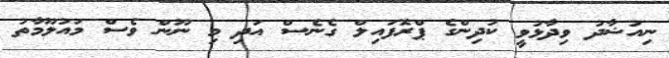
ނިއުޝާދު ވިދާޅުވީ ކުދިންގެ ޕްރޮފައިލް ގެނެސް އަދި މި ނޫން ވެސް މައުލޫމާތު